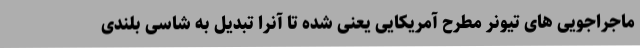
ماجراجویی های تیونر مطرح آمریکایی یعنی شده تا آنرا تبدیل به شاسی بلندی